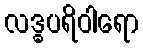
လဒ္ဓပရိဝါရော